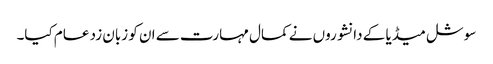
سوشل میڈیا کے دانشوروں نے کمال مہارت سے ان کو زبان زد عام کیا۔